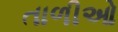
તાળીઓ